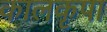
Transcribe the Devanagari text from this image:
कालकृपा